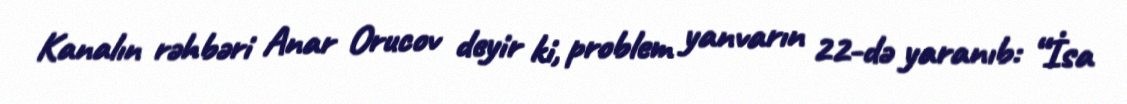
Kanalın rəhbəri Anar Orucov deyir ki, problem yanvarın 22-də yaranıb: “İsa